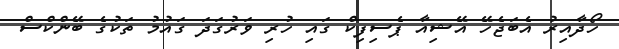
ހޯދާއިރު އެބަޖެހޭ އޭޝިއާ ޕެސިފިކް ގައި ހުރި ވަރުގަދަ ގައުމު ތަކުގެ ބޭންކްސް